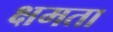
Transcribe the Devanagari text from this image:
क्षमता